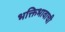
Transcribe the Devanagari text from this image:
भक्तिभावाची